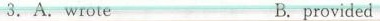
3.A. wroteB.provided